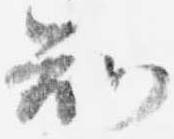
知